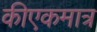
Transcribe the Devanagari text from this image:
कीएकमात्र